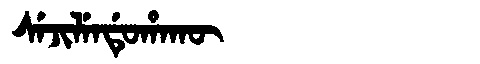
Manchu: ᠰᡝᠵᡳᠯᡝᠨᡩᡠᡥᠠᡴᡡ
Romanization: SEJILENDUHAKŪ